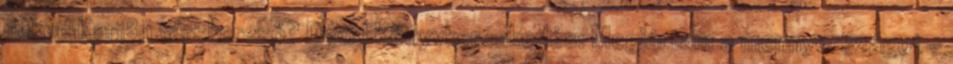
neked KariBp társkereső? Dávid Könyvkereskedés: Megjártam a mennyországot -